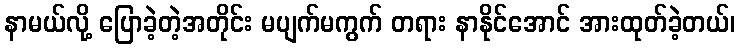
နာမယ်လို့ ပြောခဲ့တဲ့အတိုင်း မပျက်မကွက် တရား နာနိုင်အောင် အားထုတ်ခဲ့တယ်၊